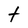
Character: t